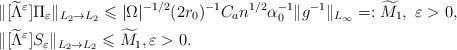
LaTeX: \begin{align*}&\Vert [\widetilde{\Lambda}^\varepsilon ]\Pi _\varepsilon \Vert _{L_2\rightarrow L_2}\leqslant \vert \Omega \vert ^{-1/2}(2r_0)^{-1}C_a n^{1/2}\alpha _0^{-1}\Vert g^{-1}\Vert _{L_\infty}=:\widetilde{M}_1,\ \varepsilon >0,\\&\Vert [\widetilde{\Lambda}^\varepsilon ]S _\varepsilon \Vert _{L_2\rightarrow L_2}\leqslant \widetilde{M}_1,\varepsilon >0.\end{align*}